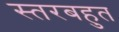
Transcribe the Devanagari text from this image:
स्तरबहुत